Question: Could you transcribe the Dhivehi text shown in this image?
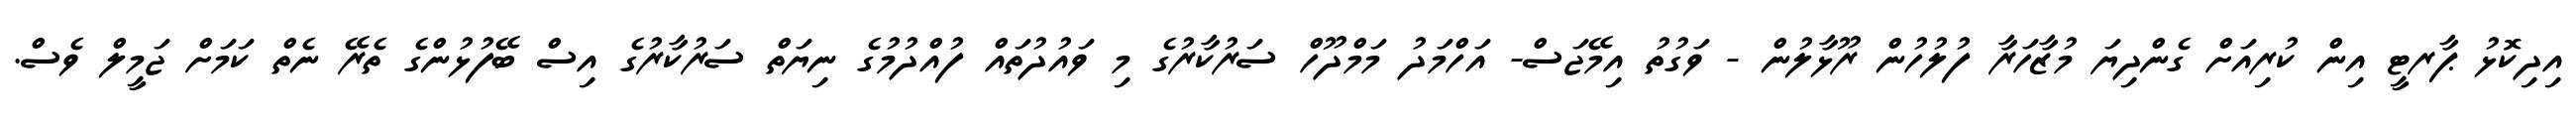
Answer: އިދިކޮޅު ޕާރޓީ އިން ކުރިއަށް ގެންދިޔަ މުޒާހަރާ ފުލުހުން ރޫޅާލުން - ވަގުތު އިމޭޖަސް- އަހްމަދު މަމްދޫހް ސަރުކާރުގެ މި ވައުދުތައް ފުއްދުމުގެ ނިޔަތް ސަރުކާރުގެ އިސް ބޭފުޅުންގެ ތެރޭ ނެތް ކަމަށް ޖަމީލް ވެސް.